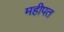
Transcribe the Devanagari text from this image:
महीपत